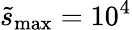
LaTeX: \tilde{s}_{\mathrm{max}}=10^{4}